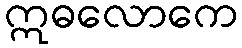
ဣဓလောကေ